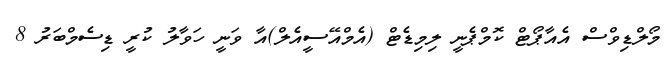
މޯލްޑިވްސް އެއާޕޯޓް ކޮމްޕެނީ ލިމިޑެޓް (އެމްއޭސީއެލް)އާ ވަނީ ހަވާލު ކުރީ ޑިސެމްބަރު 8